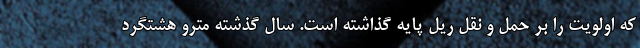
که اولویت را بر حمل و نقل ریل پایه گذاشته است. سال گذشته مترو هشتگرد